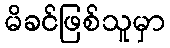
မိခင်ဖြစ်သူမှာ